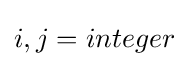
i,j=integer